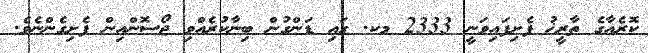
ކޮރެއާގެ ތާރީޚު ފެށިފައިވަނީ 2333 މކ. ގައި ޑަންގުން ބިިނާކުރެއްވި ޖޯސޮންއިން ފެށިގެންނެވެ.